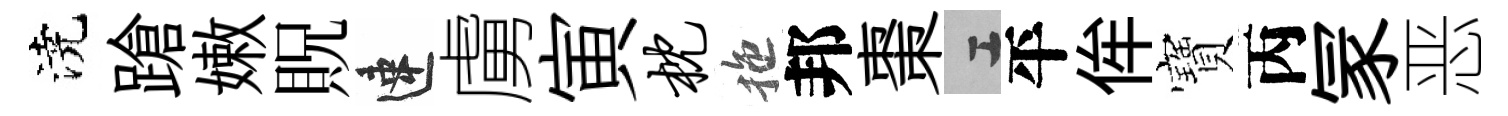
澆蹌嫩貺速虜寅枕拖邦棗工平侔寶丙冡恶